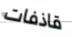
قاذفات